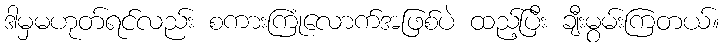
ဒါမှမဟုတ်ရင်လည်း စကားကြုံလောက်အဖြစ်ပဲ ထည့်ပြီး ချီးမွမ်းကြတယ်။